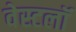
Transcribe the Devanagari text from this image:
वेस्टलॉ